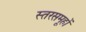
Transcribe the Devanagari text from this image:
स्तरसमूहों